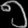
Digit: ၅